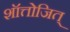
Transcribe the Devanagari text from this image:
शॉत्तोजित्